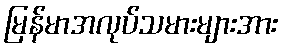
မြန်မာအလုပ်သမားများအား